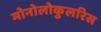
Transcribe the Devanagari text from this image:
मोनोलोकुलरिस